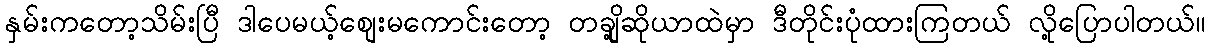
နှမ်းကတော့သိမ်းပြီ ဒါပေမယ့်စျေးမကောင်းတော့ တချို့ဆိုယာထဲမှာ ဒီတိုင်းပုံထားကြတယ် လို့ပြောပါတယ်။